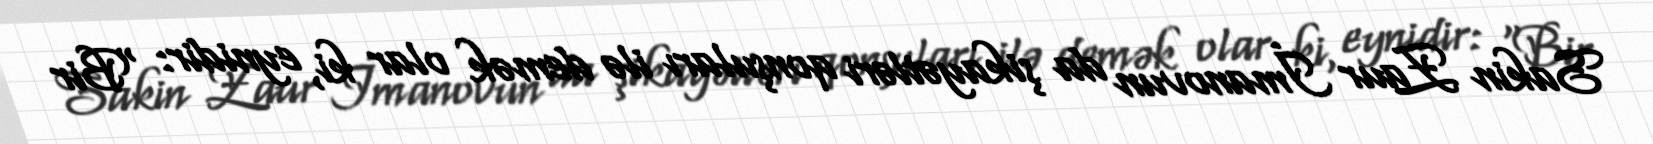
Sakin Zaur İmanovun da şikayətləri qonşuları ilə demək olar ki, eynidir: “Bir